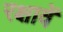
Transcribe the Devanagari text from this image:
रक्षावें